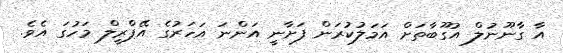
އާ ގާނޫނުލް އުގޫބާތަށް އަމަލުކުރަން ފަށާނީ އަންނަ އަހަރުގެ އޭޕްރީލް މަހުގަ އެވެ.